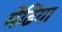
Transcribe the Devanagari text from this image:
मेंढिया